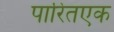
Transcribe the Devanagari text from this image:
पारितएक